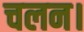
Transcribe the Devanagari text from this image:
चलन।